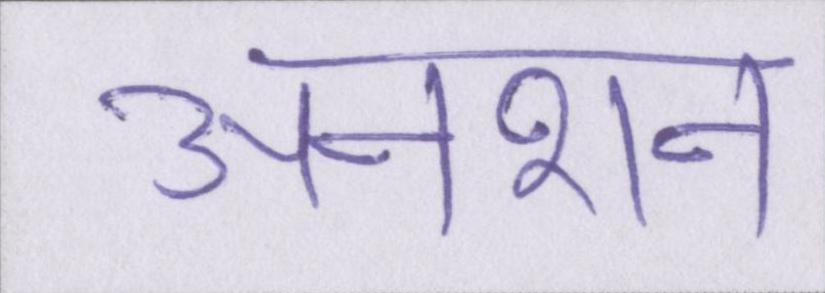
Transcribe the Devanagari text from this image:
अनशन